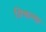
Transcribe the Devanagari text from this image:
तिथल्या